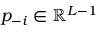
p _ { - i } \in \mathbb { R } ^ { L - 1 }